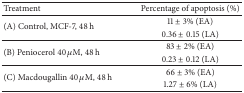
| Treatment | Percentage of apoptosis (%) |
 | --- | --- |
 | <ROWSPAN=2> (A) Control, MCF-7, 48 h | 11 ± 3% (EA) |
 | 0.36 ± 0.15 (LA) |
 | <ROWSPAN=2> (B) Peniocerol 40 μM, 48 h | 83 ± 2% (EA) |
 | 0.23 ± 0.12 (LA) |
 | <ROWSPAN=2> (C) Macdougallin 40 μM, 48 h | 66 ± 3% (EA) |
 | 1.27 ± 6% (LA) |